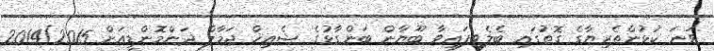
ވަނަ ކުޅުންތެރިޔާގެ ގޮތުގައި ބެލެވިފައިވާ ބޫޔާން ބަންގާޅުގެ ޝެއިޚް ޖަމާލް ދަންމޮންޑީއަށް 2014/2015